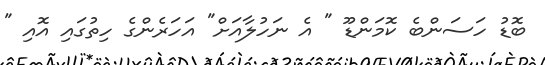
ބޮޑު ހަސަންބެ ކޮމަންޑޫ " އެ ނަހުލާއަށް" އަހަރެންގެ ހިތުގައި އޮއި "